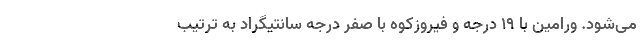
می‌شود. ورامین با ۱۹ درجه و فیروزکوه با صفر درجه سانتیگراد به ترتیب